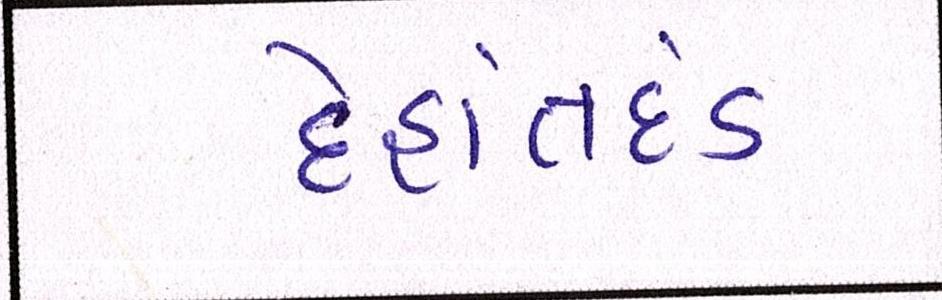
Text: દેહાંતદંડ